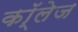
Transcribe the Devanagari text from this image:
कॉ्लेज